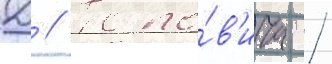
Д // Попо́в'ича /